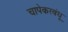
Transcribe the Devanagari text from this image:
चापेकरबंधू